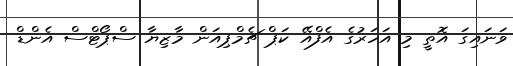
ވަނައިގަ އޮތީ މި އަހަރުގެ އެފްއޭ ކަޕް ޗެމްޕިއަން މާޒިޔާ ސްޕޯޓްސް އެންޑް